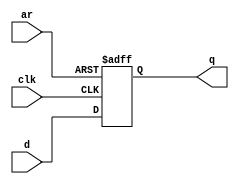
module top_module (
    input clk,
    input d, 
    input ar,   // asynchronous reset
    output reg q);

	always @ (posedge clk or posedge ar)begin
        if(ar==1'b1)q=1'b0;
        else q=d;
    end
    
endmodule